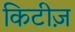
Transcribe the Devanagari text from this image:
किटीज़